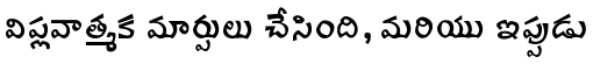
విప్లవాత్మక మార్పులు చేసింది, మరియు ఇప్పుడు